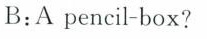
B:A pencil-box?